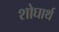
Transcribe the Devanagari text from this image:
शोघार्थ